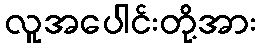
လူအပေါင်းတို့အား